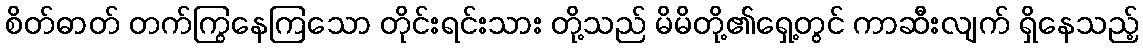
စိတ်ဓာတ် တက်ကြွနေကြသော တိုင်းရင်းသား တို့သည် မိမိတို့၏ရှေ့တွင် ကာဆီးလျက် ရှိနေသည့်